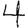
Digit: 4